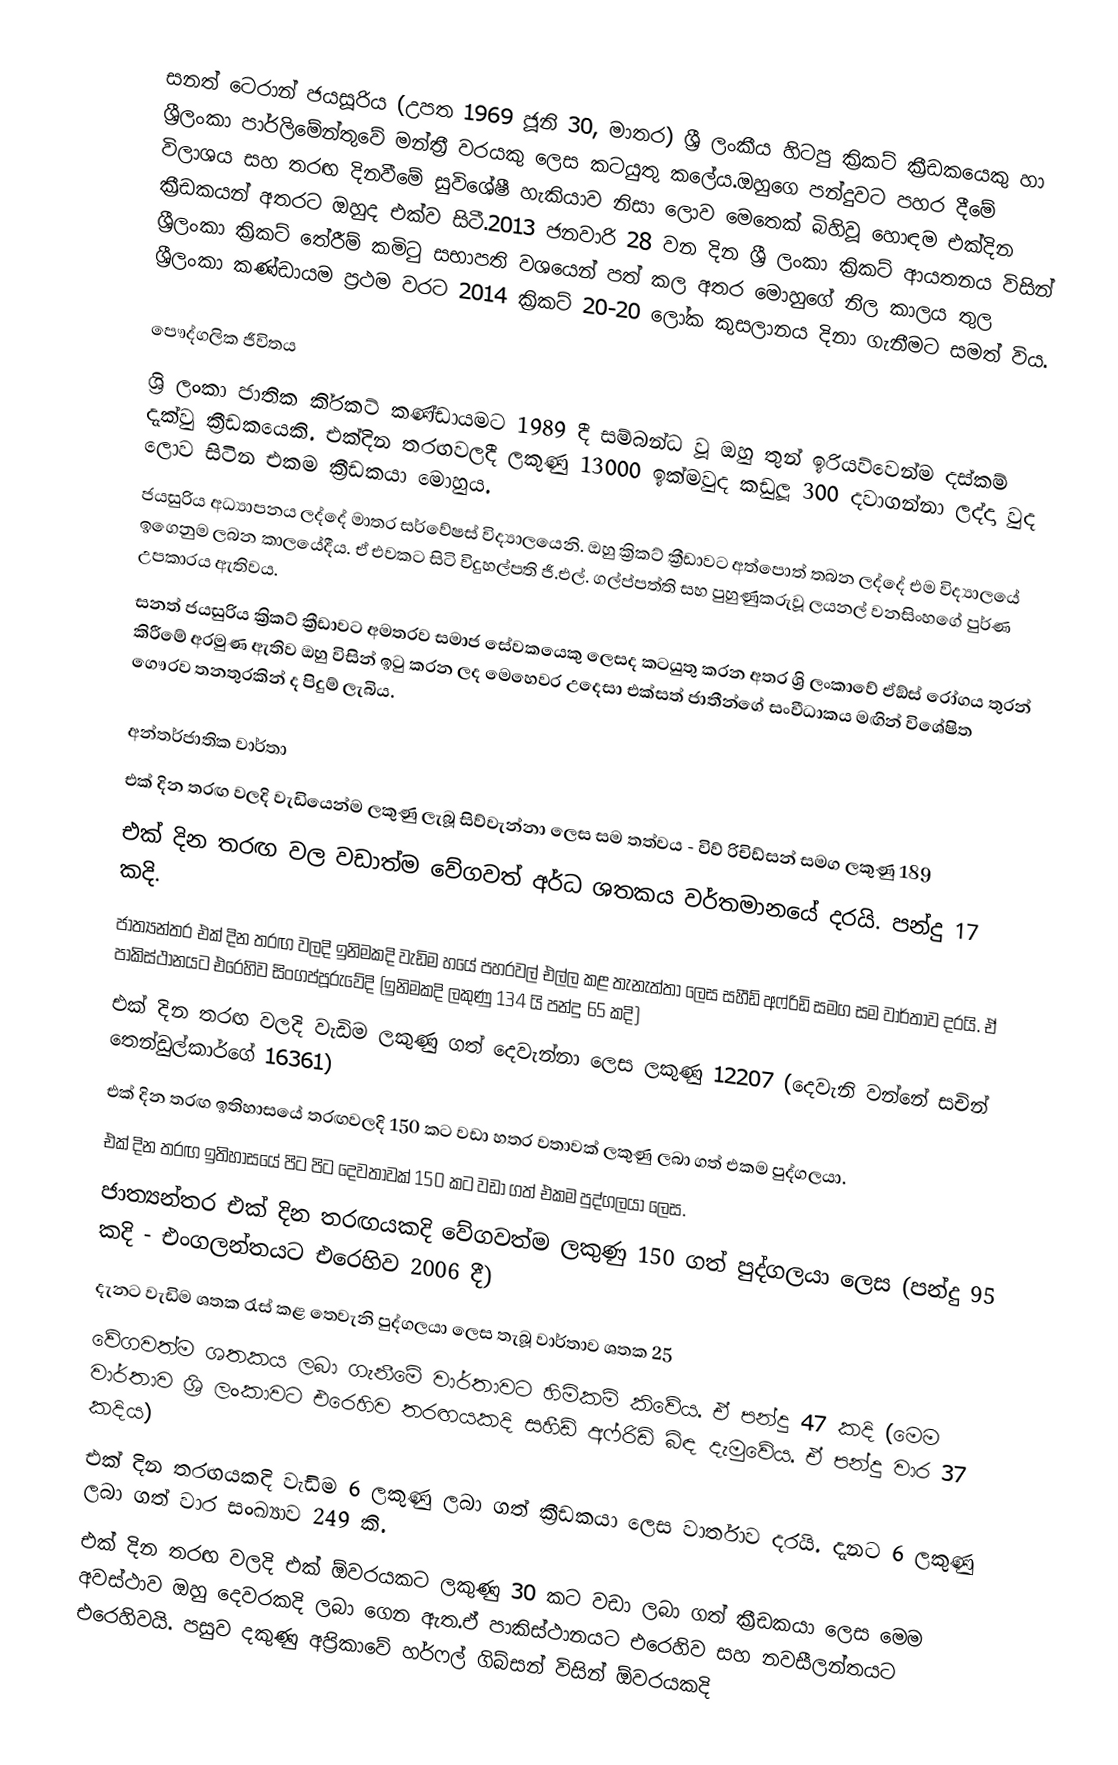
සනත් ටෙරාන් ජයසූරිය (උපත 1969 ජූනි 30, මාතර) ශ්‍රී ලංකීය හිටපු ක්‍රිකට් ක්‍රීඩකයෙකු හා  ශ්‍රීලංකා පාර්ලිමේන්තුවේ  මන්ත්‍රී වරයකු ලෙස කටයුතු කලේය.ඔහුගෙ පන්දුවට පහර දීමේ විලාශය සහ තරඟ දිනවීමේ සුවිශේෂී හැකියාව නිසා ලොව මෙතෙක් බිහිවූ හොඳම එක්දින ක්‍රීඩකයන් අතරට ඔහුද එක්ව සිටී.2013 ජනවාරි 28 වන දින ශ්‍රී ලංකා ක්‍රිකට් ආයතනය විසින් ශ්‍රීලංකා ක්‍රිකට් තේරීම් කමිටු සභාපති වශයෙන් පත් කල අතර මොහුගේ නිල කාලය තුල ශ්‍රීලංකා කණ්ඩායම ප්‍රථම වරට 2014 ක්‍රිකට් 20-20 ලෝක කුසලානය  දිනා ගැනීමට සමත් විය.

පෞද්ගලික ජීවිතය
ශ්‍රි ලංකා ජාතික කි‍්‍රකට් කණ්ඩායමට 1989 දී සම්බන්ධ වූ ඔහු තුන් ඉරියව්වෙන්ම දස්කම් දැක්වු ක්‍රීඩකයෙකි. එක්දින තරඟවලදී ලකුණු 13000 ඉක්මවුද කඩුලූ 300 දවාගන්නා ලද්දා වුද ලොව සිටින එකම ක්‍රීඩකයා මොහුය.
ජයසුරිය අධ්‍යාපනය ලද්දේ මාතර සර්වේෂස් විද්‍යාලයෙනි. ඔහු ක්‍රිකට් ක්‍රීඩාවට අත්පොත් තබන ලද්දේ එම විද්‍යාලයේ ඉගෙනුම ලබන කාලයේදීය. ඒ එවකට සිටි විදුහල්පති ජී.එල්. ගල්ප්පත්ති සහ පුහුණුකරුවූ ලයනල් වනසිංහගේ පුර්ණ උපකාරය ඇතිවය.
සනත් ජයසුරිය ක්‍රිකට් ක්‍රීඩාවට අමතරව සමාජ සේවකයෙකු ලෙසද කටයුතු කරන අතර ශ්‍රි ලංකාවේ ඒඞ්ස් රෝගය තුරන් කිරීමේ අරමුණ ඇතිව ඔහු විසින් ඉටු කරන ලද මෙහෙවර උදෙසා එක්සත් ජාතීන්ගේ සංවීධාකය මඟින් විශේෂිත ගෞරව තනතුරකින් ද පිදුම් ලැබිය.

අන්තර්ජාතික වාර්තා
එක් දින තරඟ වලදි වැඩියෙන්ම ලකුණු ලැබූ සිව්වැන්නා ලෙස සම තත්වය -  විව් රිචිඩ්සන්  සමග ලකුණු 189
එක් දින තරඟ වල වඩාත්ම වේගවත් අර්ධ ශතකය වර්තමානයේ දරයි. පන්දු 17 කදි.
ජාත්‍යන්තර එක් දින තරඟ වලදි ඉනිමකදි වැඩිම හයේ පහරවල් එල්ල කළ තැනැත්තා 	ලෙස සහීඩ් අෆ්රිඩි සමග සම වාර්තාව දරයි. ඒ පාකිස්ථානයට එරෙහිව සිංගප්පූරුවේදි 	(ඉනිමකදි ලකුණු 134 යි පන්දු 65 කදි)
එක් දින තරඟ වලදි වැඩිම ලකුණු ගත් දෙවැන්නා ලෙස ලකුණු 12207 (දෙවැනි වන්නේ සචින් තෙන්ඩුල්කාර්ගේ 16361)
එක් දින තරඟ ඉතිහාසයේ තරඟවලදි 150 කට වඩා හතර වතාවක් ලකුණු ලබා ගත් එකම පුද්ගලයා.
එක් දින තරඟ ඉතිහාසයේ පිට පිට දෙවතාවක් 150 කට වඩා ගත් එකම පුද්ගලයා ලෙස.
ජාත්‍යන්තර එක් දින තරඟයකදි වේගවත්ම ලකුණු 150 ගත් පුද්ගලයා ලෙස (පන්දු 95 	කදි - එංගලන්තයට එරෙහිව 2006 දී)
දැනට වැඩිම ශතක රැස් කළ  තෙවැනි පුද්ගලයා ලෙස තැබූ වාර්තාව ශතක 25
වේගවත්ම ශතකය ලබා ගැනීමේ වාර්තාවට හිමිකම් කිවේය. ඒ පන්දු 47 කදි (මෙම 	වාර්තාව ශ්‍රි ලංකාවට එරෙහිව තරඟයකදි සහීඩ් අෆ්රිඩි බිඳ දැමුවේය. ඒ පන්දු වාර 37 	කදිය)
එක් දින තරඟයකදි වැඩිම 6 ලකුණු ලබා ගත් ක්‍රීඩකයා ලෙස වාර්තාව දරයි. දැනට 6 ලකුණු ලබා ගත් වාර සංඛ්‍යාව 249 කි.
එක් දින තරඟ වලදි එක් ඕවරයකට ලකුණු 30 කට වඩා ලබා ගත් ක්‍රීඩකයා ලෙස මෙම අවස්ථාව ඔහු දෙවරකදි ලබා ගෙන ඇත.ඒ පාකිස්ථානයට එරෙහිව සහ නවසීලන්තයට 	එරෙහිවයි. පසුව දකුණු අප්‍රිකාවේ හර්ෆල් ගිබ්සන් විසින් ඕවරයකදි